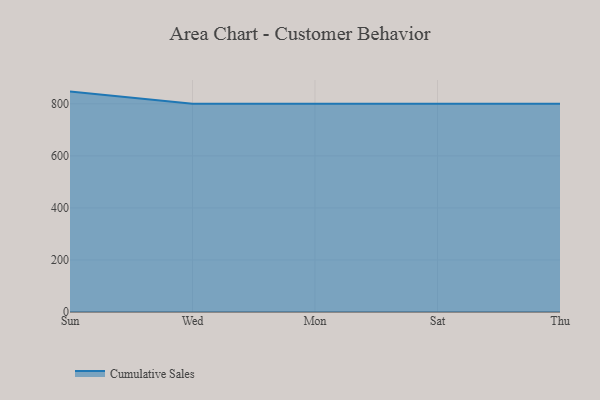
{"axis": {"x": "Day", "y": "Backlog"}, "legend": ["Cumulative Sales"], "data": [{"x": "Sun", "y": 847.0, "type": "Cumulative Sales"}, {"x": "Wed", "y": 800, "type": "Cumulative Sales"}, {"x": "Mon", "y": 800, "type": "Cumulative Sales"}, {"x": "Sat", "y": 800, "type": "Cumulative Sales"}, {"x": "Thu", "y": 800, "type": "Cumulative Sales"}]}